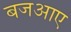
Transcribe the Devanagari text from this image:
बजआए